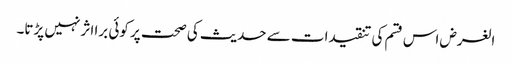
الغرض اس قسم کی تنقیدات سے حدیث کی صحت پر کوئی برا اثر نہیں پڑتا۔